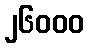
၂၆၀၀၀